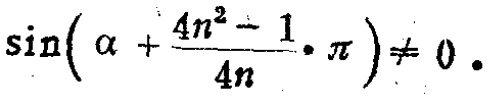
\(\sin\left(\alpha + \frac{4n^{2}-1}{4n}\cdot\pi\right)\neq 0\)